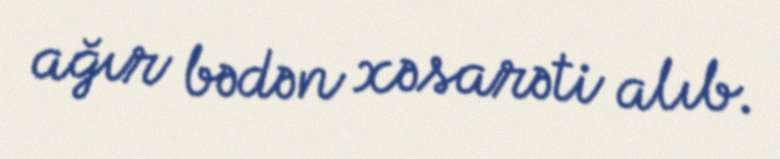
ağır bədən xəsarəti alıb.